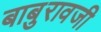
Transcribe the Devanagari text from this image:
बाबुरावजी